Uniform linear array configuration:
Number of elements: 8
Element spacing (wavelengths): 1
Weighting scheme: blackman
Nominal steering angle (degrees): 45
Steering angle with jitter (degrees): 45.885
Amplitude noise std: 0.05
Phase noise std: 0.05

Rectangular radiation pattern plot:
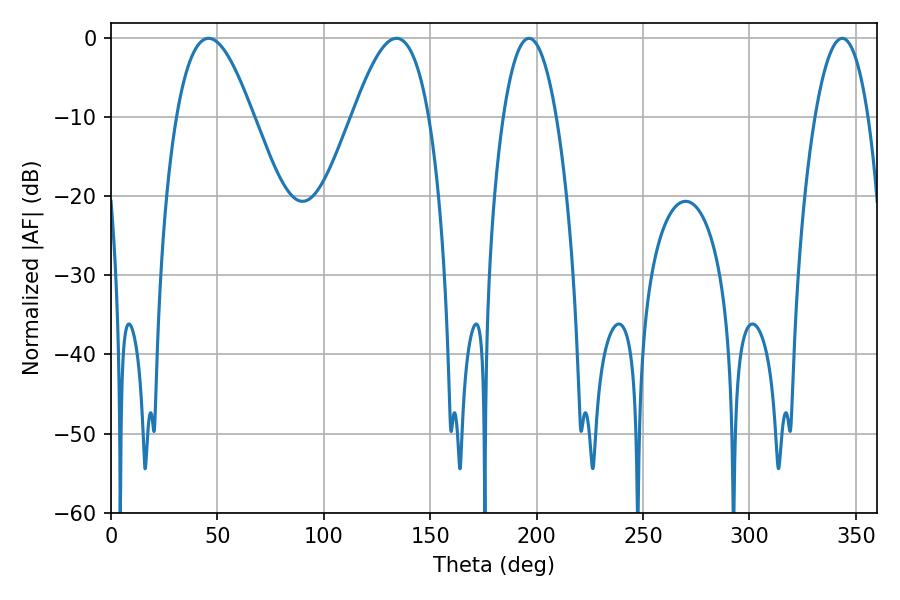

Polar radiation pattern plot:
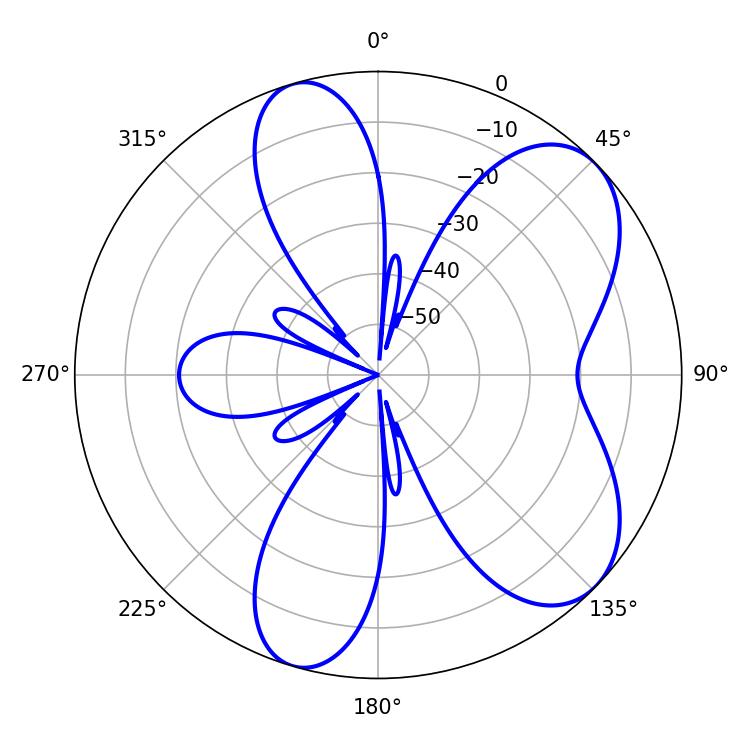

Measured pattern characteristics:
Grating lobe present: TRUE
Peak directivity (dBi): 7.005
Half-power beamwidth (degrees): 13.86
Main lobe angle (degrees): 196.38